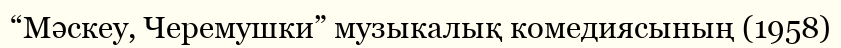
“Мәскеу, Черемушки” музыкалық комедиясының (1958)